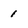
Character: 1